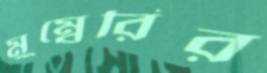
মুম্বেরির